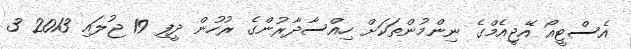
އެސްޓީއޯ އޭޖީއެމްގެ ނިންމުންތަކަށް ހިއްސާދާރުންގެ ރުހުން ދީފި 19 ޖުލައި 2013 3